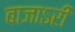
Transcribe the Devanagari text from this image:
बाजाऽरी